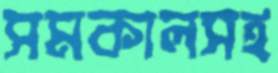
সমকালসহ